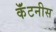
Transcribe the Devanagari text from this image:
कॅंटनीस